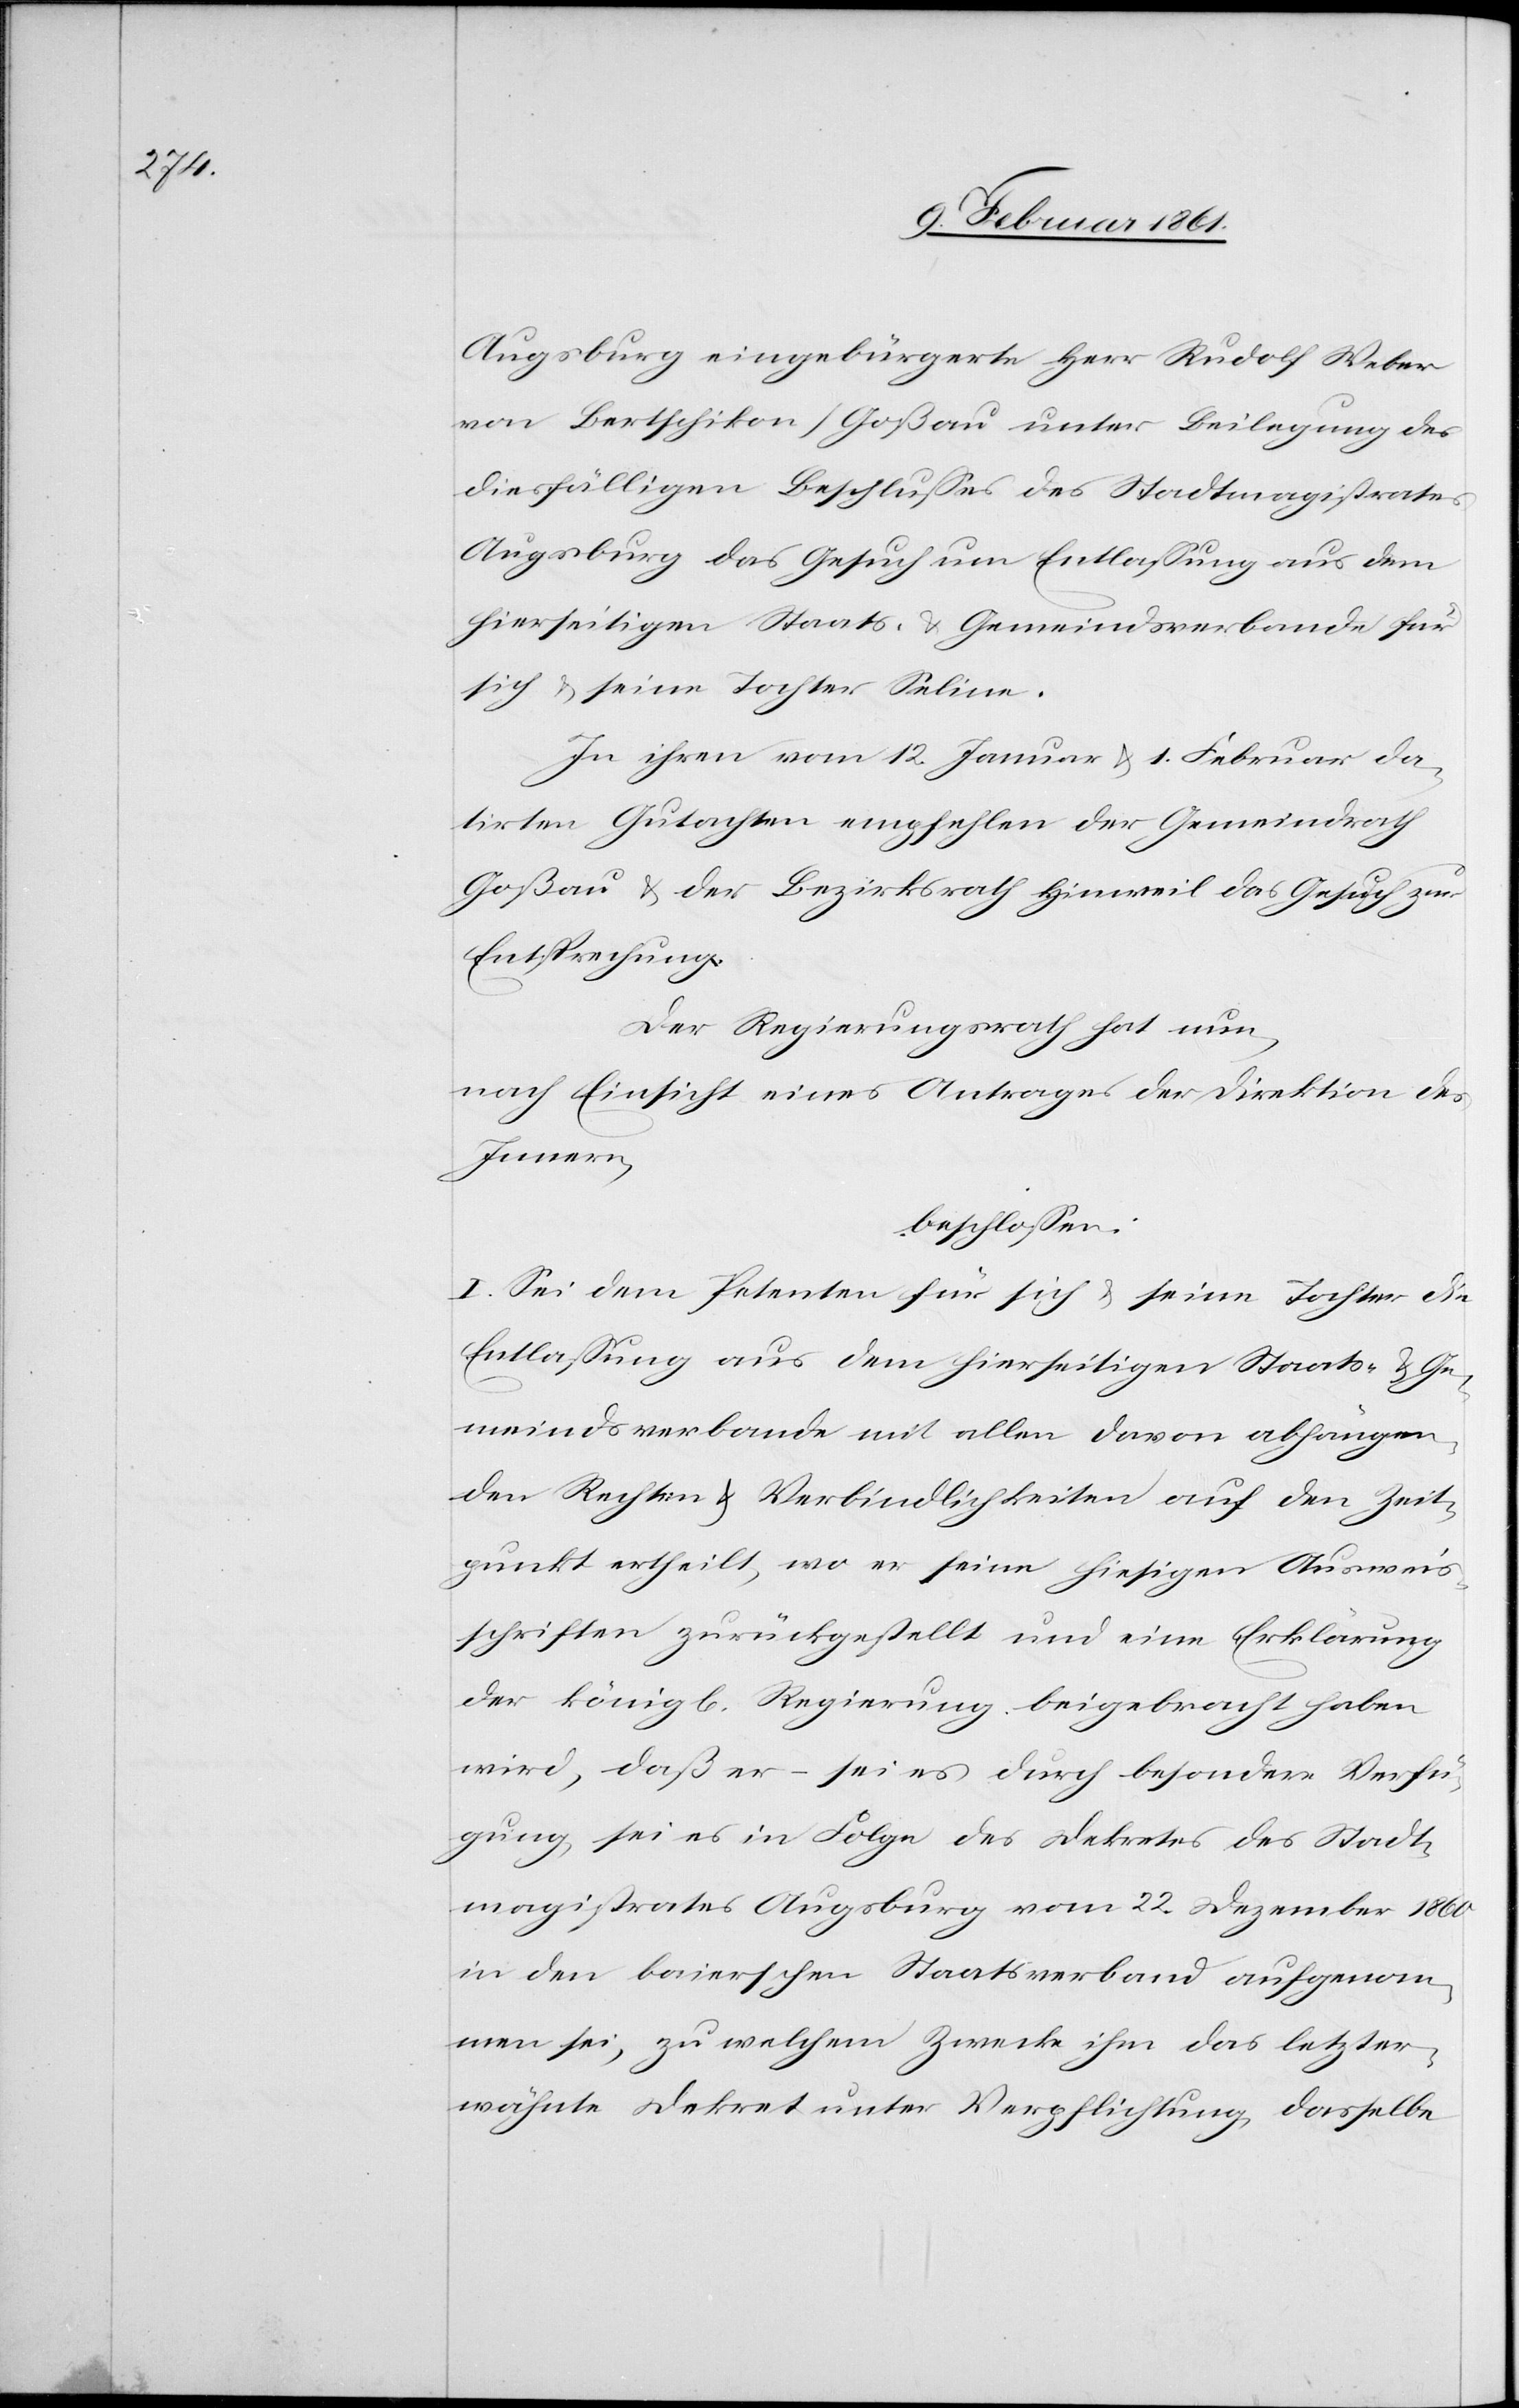
Stadt¬

Augsburg eingebürgerte Herr Rudolf Weber
von Bertschikon / Goßau unter Beilegung des
diesfälligen Beschlusses des Stadtmagistrates
Augsburg das Gesuch um Entlassung aus dem
hierseitigen Staats- u. Gemeindsverbande für
sich u. seine Tochter Seline.
In ihren vom 12. Januar u. 1. Februar da¬
tirten Gutachten empfehlen der Gemeindrath
Goßau u. der Bezirksrath Hinweil das Gesuch zur
Entsprechung.
Der Regierungsrath hat nun,
nach Einsicht eines Antrages der Direktion des
Innern,
beschlossen:
I. Sei dem Petenten für sich u. seine Tochter die
Entlassung aus dem hierseitigen Staats- u. Ge¬
meindsverbande mit allen davon abhängen¬
den Rechten u. Verbindlichkeiten auf den Zeit¬
punkt ertheilt, wo er seine hiesigen Ausweis¬
schriften zurückgestellt und eine Erklärung
der königl. Regierung beigebracht haben
magistrates Augsburg vom 22. Dezember 1860
in den baierschen Staatsverband aufgenom¬
men sei, zu welchem Zwecke ihm das letzter¬
wähnte Dekret unter Verpflichtung, dasselbe